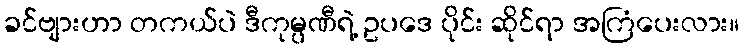
ခင်ဗျားဟာ တကယ်ပဲ ဒီကုမ္ပဏီရဲ့ ဥပဒေ ပိုင်း ဆိုင်ရာ အကြံပေးလား။